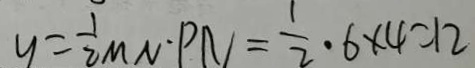
y = \frac { 1 } { 2 } M N \cdot P N = \frac { 1 } { 2 } \cdot 6 \times 4 = 1 2